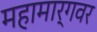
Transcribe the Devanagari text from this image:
महामार्गवर